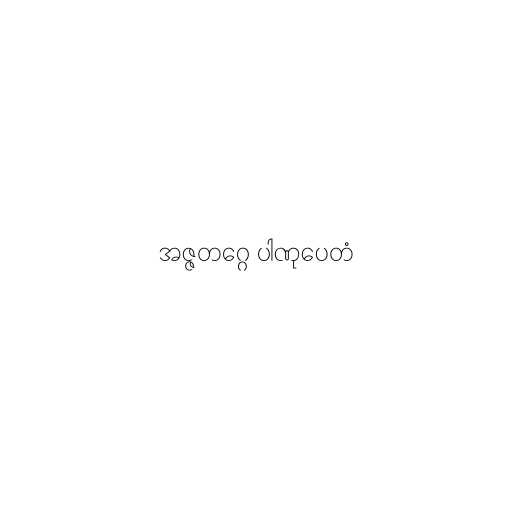
အဇ္ဇတဂ္ဂေ ပါဏုပေတံ